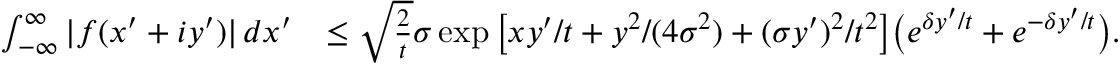
\begin{array} { r l } { \int _ { - \infty } ^ { \infty } | f ( x ^ { \prime } + i y ^ { \prime } ) | \, d x ^ { \prime } } & { \leq \sqrt { \frac { 2 } { t } } \sigma \exp \big [ x y ^ { \prime } / t + y ^ { 2 } / ( 4 \sigma ^ { 2 } ) + ( \sigma y ^ { \prime } ) ^ { 2 } / t ^ { 2 } \big ] \big ( e ^ { \delta y ^ { \prime } / t } + e ^ { - \delta y ^ { \prime } / t } \big ) . } \end{array}